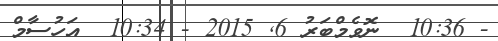
- 10:36  ނޮވެމްބަރު 6